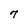
Character: 7